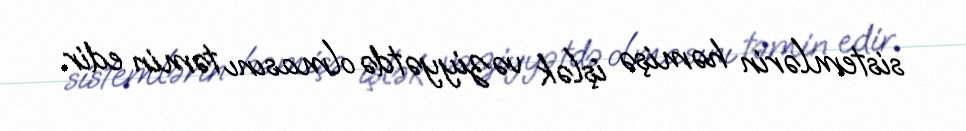
sistemlərin həmişə işlək vəziyyətdə olmasını təmin edir.